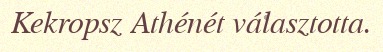
Kekropsz Athénét választotta.